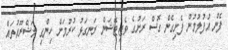
ފެން އުފުލުމުން ފެށިގެން ގޮސް ރަށުގެ ވެޖިޓޭޝަން ރަނގަޅު ކުރުމަށް ހިންގި މަޝްރޫއުތައް